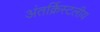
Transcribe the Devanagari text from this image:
अंतर्क्रिस्टलीय